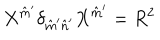
X ^ { \hat { m } ^ { \prime } } \delta _ { \hat { m } ^ { \prime } \hat { n } ^ { \prime } } X ^ { \hat { m } ^ { \prime } } = R ^ { 2 }